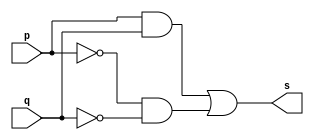
// --------------------- 
// Exercicio01-07 - XNOR
// Nome: Lucas Siqueira Chagas	 
// --------------------- 
// --------------------- 
// -- XNOR
// --------------------- 
module xnorgate (output s, 
input p, 
input q); 
assign s = (p&q)|(~p&~q); 
endmodule // xnorgate 
// --------------------- 
// -- test xnorgate 
// --------------------- 
module testxnorgate; 
// ------------------------- dados locais 
reg a,b; // definir registrador 
wire s; // definir conexao (fio) 
// ------------------------- instancia 
xnorgate XNOR1 (s, a, b); 
// ------------------------- preparacao 
initial begin:start 
a=0; 
b=0;
end 
// ------------------------- parte principal 
initial begin:main 
$display("Exercicio01-07 - Lucas Siqueira Chagas - 380783"); 
$display("Test xnor gate por de morgen"); 
$display("\n (a&b)|(~a&~b) = s\n"); 
a=0; b=0;
$monitor("(%b&%b)|(~%b&~%b) = %b", a, b, a,b,s);
#1 a=0; b=1;
#1 a=1; b=0;
#1 a=1; b=1;
end 
endmodule